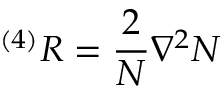
^ { \left( 4 \right) } R = \frac { 2 } { N } \nabla ^ { 2 } N